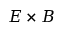
E \times B